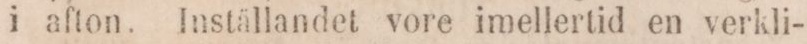
i afton. Inställandet vore imellertid en verkli-